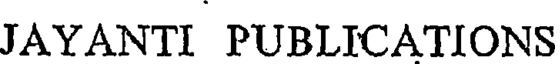
JAYANTI PUBLICATIONS